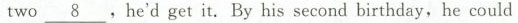
two \underline{8} ,hed get it Byhis second birthday,he could